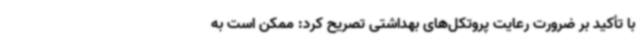
با تأکید بر ضرورت رعایت پروتکل‌های بهداشتی تصریح کرد: ممکن است به